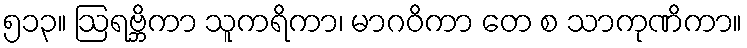
၅၁၃။ ဩရဗ္ဘိကာ သူကရိကာ၊ မာဂဝိကာ တေ စ သာကုဏိကာ။